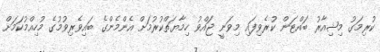
ކުރިމަގު މިޝިއާރު ބައްޓަން ކުރެވިފައި މިވަނީ ޖައްވު ހިމާޔަތްކުރުމަށް އެންމެންގެ ބައިވެރިވުމުގެ މުހިއްމުކަމަށް